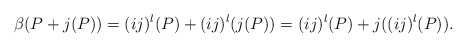
\begin{align*}\beta(P+j(P))=(ij)^l(P)+(ij)^l(j(P))=(ij)^l(P)+j((ij)^l(P)).\end{align*}